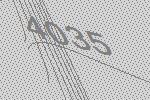
4035